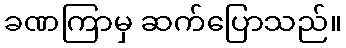
ခဏကြာမှ ဆက်ပြောသည်။